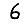
Digit: 6